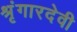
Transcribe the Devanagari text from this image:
श्रृंगारदेवी